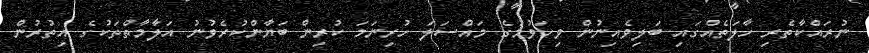
ނުރައްކާތެރި ހާލަތެއްގައި ބަލިވެއިނުން ވިހަވުމުގެ މައްސަލަ ހުރިނަމަ ކުރިން ބަޔާންކުރެވުނު އަލާމާތްތަކުގެ އިތުރުން